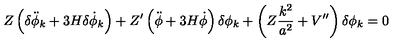
Z \left( \delta \ddot { \phi } _ { k } + 3 H \delta \dot { \phi } _ { k } \right) + Z ^ { \prime } \left( \ddot { \phi } + 3 H \dot { \phi } \right) \delta \phi _ { k } + \left( Z \frac { k ^ { 2 } } { a ^ { 2 } } + V ^ { \prime \prime } \right) \delta \phi _ { k } = 0